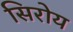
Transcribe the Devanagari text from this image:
सिरोय